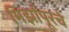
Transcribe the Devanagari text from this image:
मिर्झापूरचे